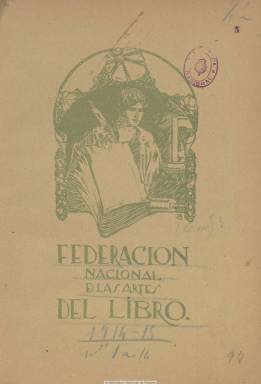
Título: Federación Nacional de las Artes del Libro
Colección: Artes gráficas || Libros
Ámbito geográfico: Madrid
Lugar de publicación: Madrid
Fechas: 01/02/1914-31/03/1915

Boletín de la patronal de este nombre, que había sido constituída en junio de 1912, en Madrid, tras el Primer Congreso Nacional de las Artes del Libro celebrado en Barcelona en octubre de 1911. Comienza a ser publicado en febrero de 1914, en cuadernos en torno a las 24 páginas, en donde reflejará la vida y desarrollo de esta federación que agrupa a 155 empresarios de las industrias gráficas de Barcelona; unos 139 de Madrid; así como de otras provincias españolas (Zaragoza, 32; Valencia, 30, o Albacete, 4), a la que se suman otros industriales como Heraclio Fournier, Luis Rubalcaba, Federico Viejobueno, Félix Ortiz (de Cuenca) o Francisco Román (de Medina). Su presidente honorario será Manuel Henrich; presidente ejecutivo, Francisco Matheu (de Madrid), y vicepresidente, José Thomas (de Barcelona).

Además de dar cuenta de los trabajos y las cuestiones que en ese momento preocupaban a los talleres y empresas del sector (imprentas, litografías, de fotograbados y de encuadernadores, papeleras o fabricantes de tintas o tipos), como eran los aranceles, las comisiones mixtas entre patronos y obreros, los costes de producción o las escuelas o institutos de enseñanza de las artes gráficas, ofrece resúmenes de las altas y bajas y de gastos e ingresos de la federación, así como artículos profesionales, asociativos y del arte de la estampación. En su primer número publica un breve resumen de la Exposición Internacional de las Artes del Libro celebrado en Leipzig, el único que va acompañado de fotograbados. También inserta publicidad de estas industrias. El número de páginas de sus entregas, de periodicidad mensual, se reducirán prácticamente a la mitad (en torno a las doce). El 14 es el último número de la colección, correspondiente a marzo de 1915.